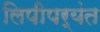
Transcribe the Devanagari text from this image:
लिपीपर्यंत